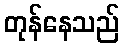
တုန်နေသည်